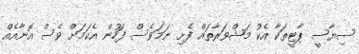
ސިޔާސީ ޕާޓީތަކާ އެކު މަޝްވަރާތައް ފެށި ނަމަވެސް ފަހުން އެކަމަށް ވެސް އޮނާއެއް